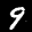
Label: 9